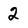
Character: 2